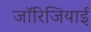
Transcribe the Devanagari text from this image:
जॉरिजियाई